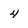
Character: 4